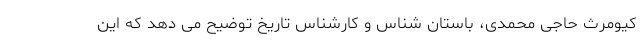
کیومرث حاجی محمدی، باستان شناس و کارشناس تاریخ توضیح می دهد که این